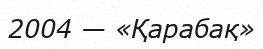
2004 — «Қарабақ»